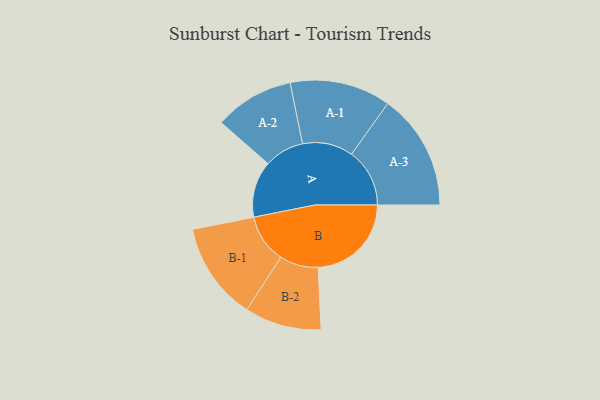
{"axis": {"x": "Segment", "y": "Value"}, "legend": ["", "A", "B"], "data": [{"x": "A", "y": 205, "type": ""}, {"x": "B", "y": 340, "type": ""}, {"x": "A-1", "y": 184, "type": "A"}, {"x": "A-2", "y": 145, "type": "A"}, {"x": "A-3", "y": 212, "type": "A"}, {"x": "B-1", "y": 178, "type": "B"}, {"x": "B-2", "y": 140, "type": "B"}]}